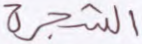
الشجرة